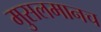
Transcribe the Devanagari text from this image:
मुसलमानच